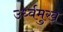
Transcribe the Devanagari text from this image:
उर्ध्वमुख